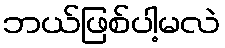
ဘယ်ဖြစ်ပါ့မလဲ